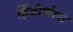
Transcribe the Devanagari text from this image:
र्हिजोफोरा